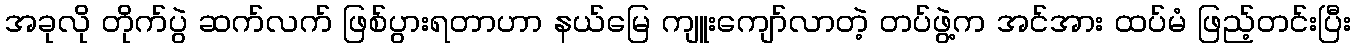
အခုလို တိုက်ပွဲ ဆက်လက် ဖြစ်ပွားရတာဟာ နယ်မြေ ကျူးကျော်လာတဲ့ တပ်ဖွဲ့က အင်အား ထပ်မံ ဖြည့်တင်းပြီး